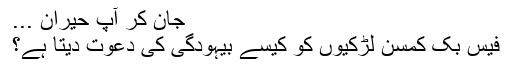
جان کر آپ حیران ...
فیس بک کمسن لڑکیوں کو کیسے بیہودگی کی دعوت دیتا ہے؟